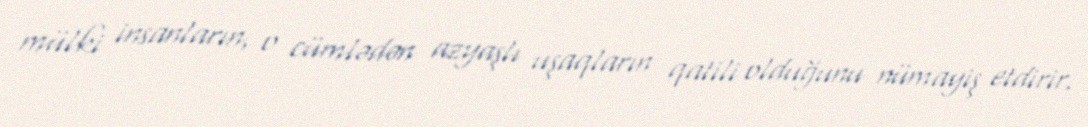
mülki insanların, o cümlədən azyaşlı uşaqların qatili olduğunu nümayiş etdirir.